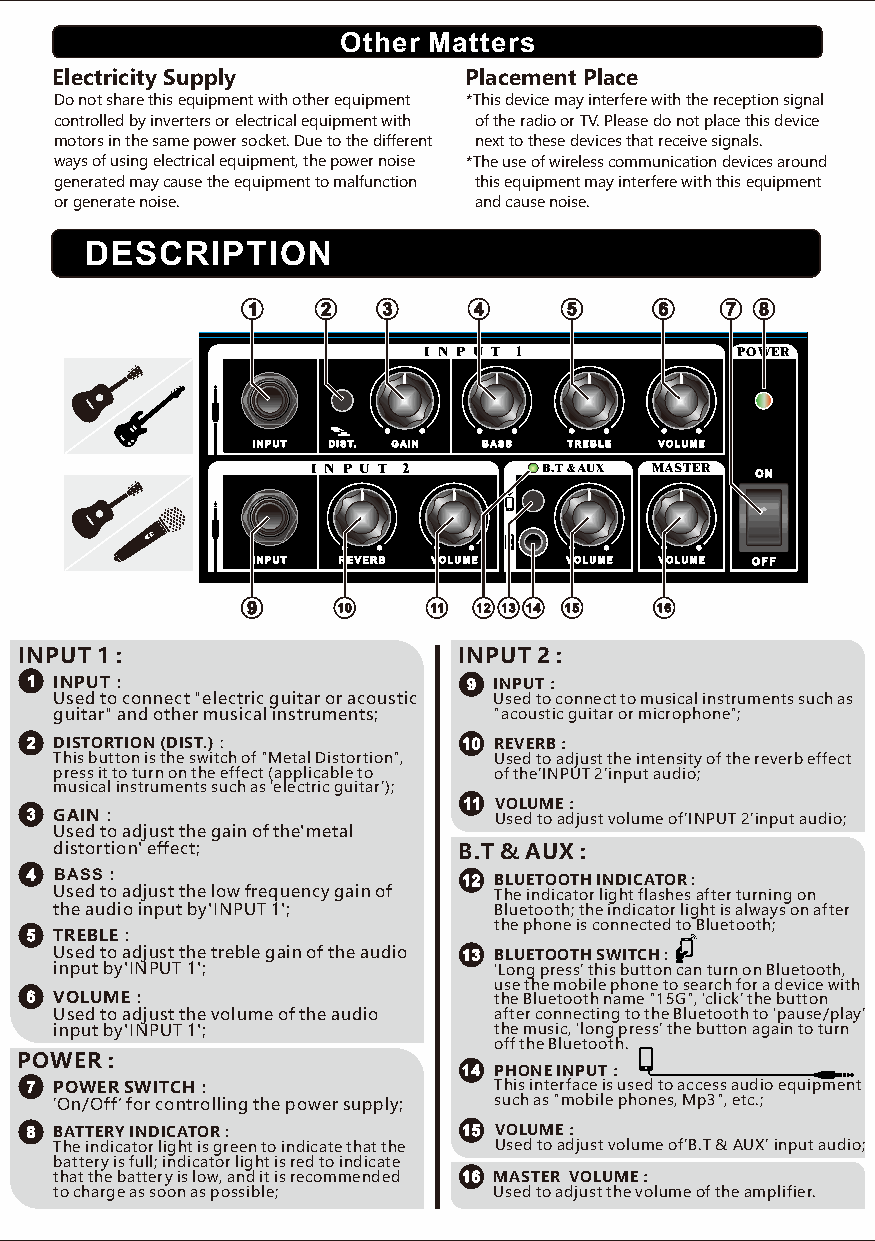
Other Matters
 Electricity Supply          Placement Place
 Do not share this equipment with other equipment *This device may interfere with the reception signal
 controlled by inverters or electrical equipment with of the radio or TV. Please do not place this device
 motors in the same power socket. Due to the different next to these devices that receive signals.
 ways of using electrical equipment, the power noise *The use of wireless communication devices around
 generated may cause the equipment to malfunction this equipment may interfere with this equipment
 or generate noise.         and cause noise.
 DESCRIPTION
 1    2   3     4     5      6   7 8
 I N P U T 1          POWER
 INPUT DIST. GAIN BASS TREBLE VOLUME
 I N P U T 2    B.T & AUX MASTER ON
 INPUT REVERB VOLUME VOLUME VOLUME OFF
 9     10    11 12 13 14 15 16
 INPUT 1 :                    INPUT 2 :
 1 INPUT ：                    9 INPUT ：
 Used to connect "electric guitar or acoustic Used to connect to musical instruments such as
 guitar" and other musical instruments; "acoustic guitar or microphone";
 2 DISTORTION (DIST.) ：       10 REVERB ：
 This button is the switch of "Metal Distortion", Used to adjust the intensity of the reverb effect
 press it to turn on the effect (applicable to of the'INPUT 2'input audio;
 musical instruments such as ‘electric guitar’);
 11 VOLUME ：
 3 GAIN ：                       Used to adjust volume of'INPUT 2'input audio;
 Used to adjust the gain of the'metal
 distortion' effect;       B.T & AUX :
 4 BASS ：                     12 BLUETOOTH INDICATOR :
 Used to adjust the low frequency gain of The indicator light flashes after turning on
 the audio input by'INPUT 1'; Bluetooth; the indicator light is always on after
 the phone is connected to Bluetooth;
 5 TREBLE ：
 Used to adjust the treble gain of the audio 13 BLUETOOTH SWITCH :
 input by'INPUT 1';           ‘Long press’ this button can turn on Bluetooth,
 use the mobile phone to search for a device with
 6 VOLUME ：                     the Bluetooth name "15G", ‘click’ the button
 Used to adjust the volume of the audio after connecting to the Bluetooth to ‘pause/play’
 input by'INPUT 1';           the music, ‘long press’ the button again to turn
 off the Bluetooth.
 POWER :
 14 PHONE INPUT ：
 7 POWER SWITCH ：               This interface is used to access audio equipment
 ‘On/Off’ for controlling the power supply; such as "mobile phones, Mp3", etc.;
 8 BATTERY INDICATOR :        15 VOLUME ：
 The indicator light is green to indicate that the Used to adjust volume of'B.T & AUX' input audio;
 battery is full; indicator light is red to indicate
 that the battery is low, and it is recommended 16 MASTER VOLUME ：
 to charge as soon as possible; Used to adjust the volume of the amplifier.